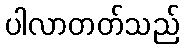
ပါလာတတ်သည်